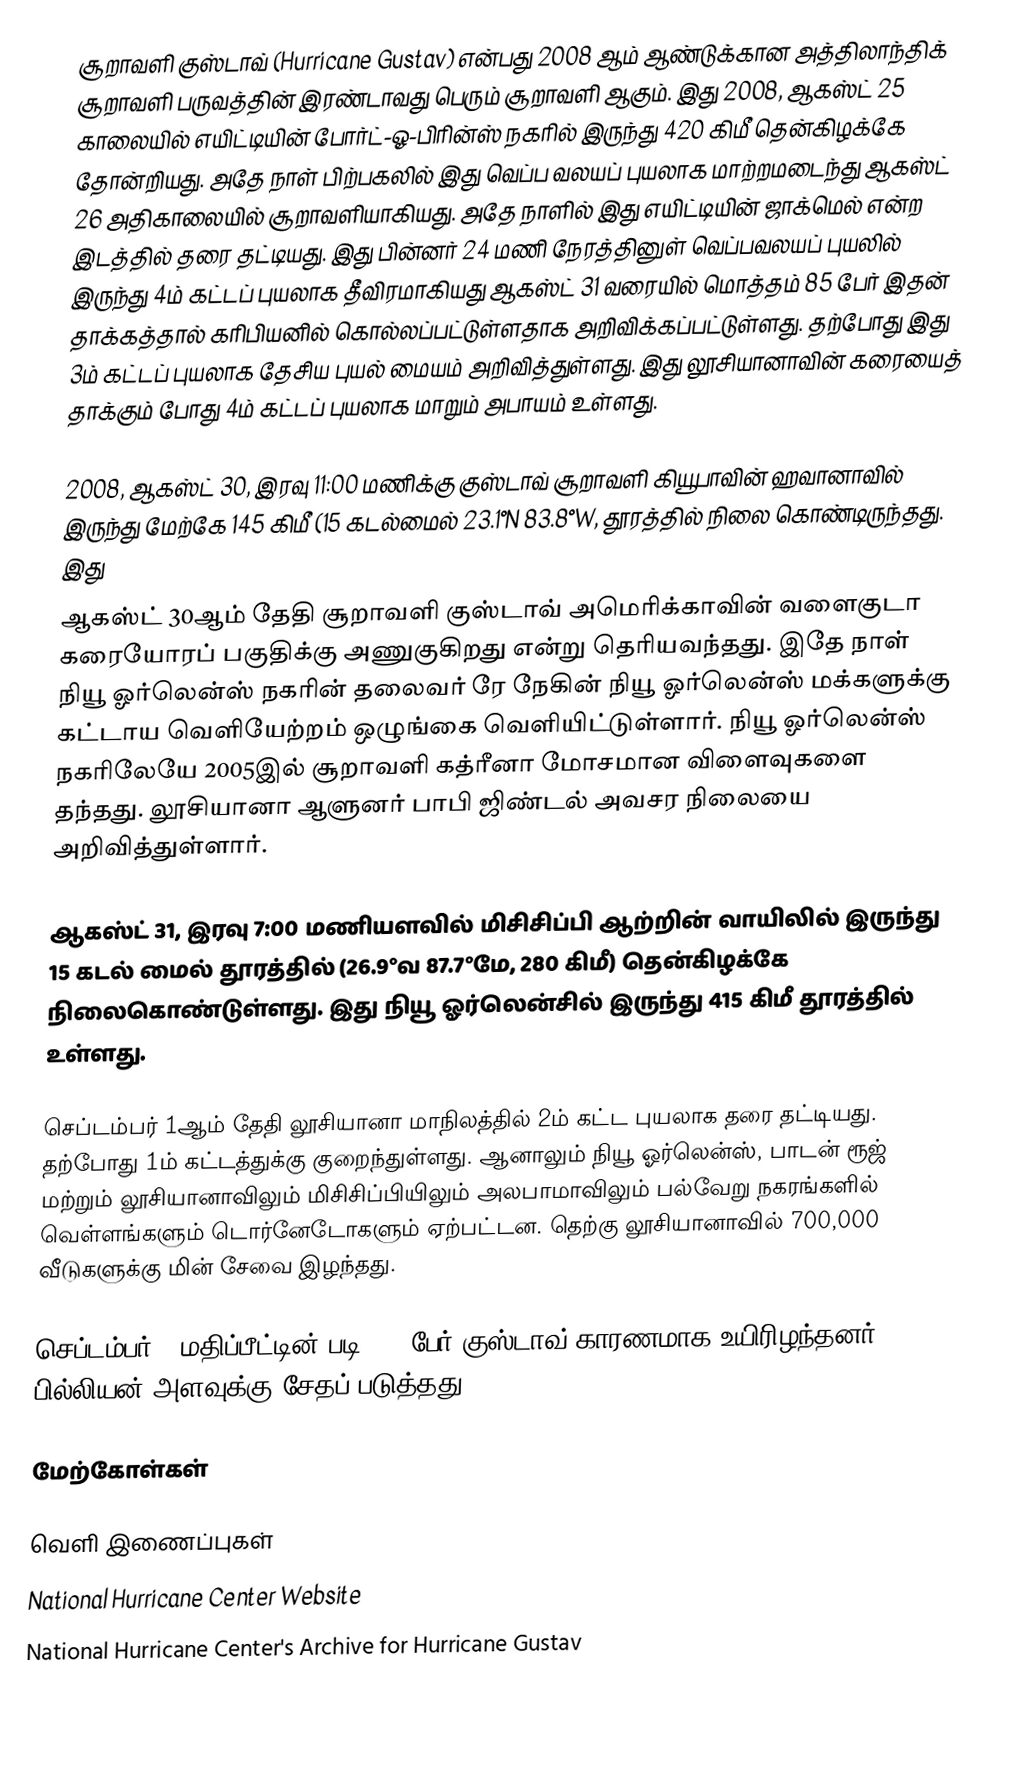
சூறாவளி குஸ்டாவ் (Hurricane Gustav) என்பது 2008 ஆம் ஆண்டுக்கான அத்திலாந்திக் சூறாவளி பருவத்தின் இரண்டாவது பெரும் சூறாவளி ஆகும். இது 2008, ஆகஸ்ட் 25 காலையில் எயிட்டியின் போர்ட்-ஓ-பிரின்ஸ் நகரில் இருந்து 420 கிமீ தென்கிழக்கே தோன்றியது. அதே நாள் பிற்பகலில் இது வெப்ப வலயப் புயலாக மாற்றமடைந்து ஆகஸ்ட் 26 அதிகாலையில் சூறாவளியாகியது. அதே நாளில் இது எயிட்டியின் ஜாக்மெல் என்ற இடத்தில் தரை தட்டியது. இது பின்னர் 24 மணி நேரத்தினுள் வெப்பவலயப் புயலில் இருந்து 4ம் கட்டப் புயலாக தீவிரமாகியது ஆகஸ்ட் 31 வரையில் மொத்தம் 85 பேர் இதன் தாக்கத்தால் கரிபியனில் கொல்லப்பட்டுள்ளதாக அறிவிக்கப்பட்டுள்ளது. தற்போது இது 3ம் கட்டப் புயலாக தேசிய புயல் மையம் அறிவித்துள்ளது. இது லூசியானாவின் கரையைத் தாக்கும் போது 4ம் கட்டப் புயலாக மாறும் அபாயம் உள்ளது.

2008, ஆகஸ்ட் 30, இரவு 11:00 மணிக்கு குஸ்டாவ் சூறாவளி கியூபாவின் ஹவானாவில் இருந்து மேற்கே 145 கிமீ (15 கடல்மைல் 23.1°N 83.8°W, தூரத்தில் நிலை கொண்டிருந்தது. இது
ஆகஸ்ட் 30ஆம் தேதி சூறாவளி குஸ்டாவ் அமெரிக்காவின் வளைகுடா கரையோரப் பகுதிக்கு அணுகுகிறது என்று தெரியவந்தது. இதே நாள் நியூ ஓர்லென்ஸ் நகரின் தலைவர் ரே நேகின் நியூ ஓர்லென்ஸ் மக்களுக்கு கட்டாய வெளியேற்றம் ஒழுங்கை வெளியிட்டுள்ளார். நியூ ஓர்லென்ஸ் நகரிலேயே 2005இல் சூறாவளி கத்ரீனா மோசமான விளைவுகளை தந்தது. லூசியானா ஆளுனர் பாபி ஜிண்டல் அவசர நிலையை அறிவித்துள்ளார்.

ஆகஸ்ட் 31, இரவு 7:00 மணியளவில் மிசிசிப்பி ஆற்றின் வாயிலில் இருந்து 15 கடல் மைல் தூரத்தில் (26.9°வ 87.7°மே, 280 கிமீ) தென்கிழக்கே நிலைகொண்டுள்ளது. இது நியூ ஓர்லென்சில் இருந்து 415 கிமீ தூரத்தில் உள்ளது.

செப்டம்பர் 1ஆம் தேதி லூசியானா மாநிலத்தில் 2ம் கட்ட புயலாக தரை தட்டியது. தற்போது 1ம் கட்டத்துக்கு குறைந்துள்ளது. ஆனாலும் நியூ ஓர்லென்ஸ், பாடன் ரூஜ் மற்றும் லூசியானாவிலும் மிசிசிப்பியிலும் அலபாமாவிலும் பல்வேறு நகரங்களில் வெள்ளங்களும் டொர்னேடோகளும் ஏற்பட்டன. தெற்கு லூசியானாவில் 700,000 வீடுகளுக்கு மின் சேவை இழந்தது.

செப்டம்பர் 3 மதிப்பீட்டின் படி 120 பேர் குஸ்டாவ் காரணமாக உயிரிழந்தனர். $20 பில்லியன் அளவுக்கு சேதப் படுத்தது.

மேற்கோள்கள்

வெளி இணைப்புகள்
 National Hurricane Center Website
 National Hurricane Center's Archive for Hurricane Gustav